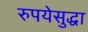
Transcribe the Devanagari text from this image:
रुपयेसुद्धा